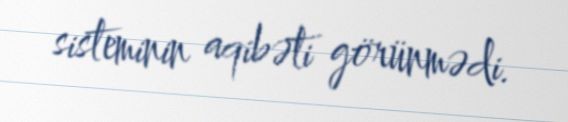
sisteminin aqibəti görünmədi.